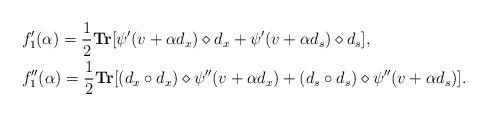
LaTeX: \begin{align*}& f_1^{\prime}(\alpha)= \frac{1}{2} \textbf{Tr}[\psi^{\prime}(v+\alpha d_x) \diamond d_x+ \psi^{\prime}(v+\alpha d_s) \diamond d_s] , \\& f_1^{\prime\prime}(\alpha)= \frac{1}{2} \textbf{Tr}[(d_x\circ d_x) \diamond \psi^{\prime\prime}(v+\alpha d_x) + (d_s \circ d_s) \diamond \psi^{\prime\prime}(v+\alpha d_s)]. \end{align*}